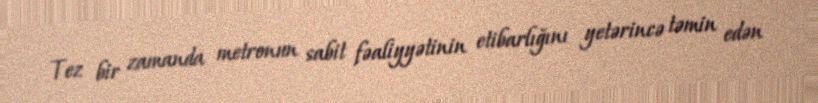
Tez bir zamanda metronun sabit fəaliyyətinin etibarlığını yetərincə təmin edən